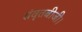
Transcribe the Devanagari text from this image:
संवृतबीजी।